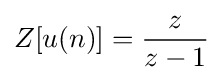
Z[u(n)]={\dfrac {z}{z-1}}